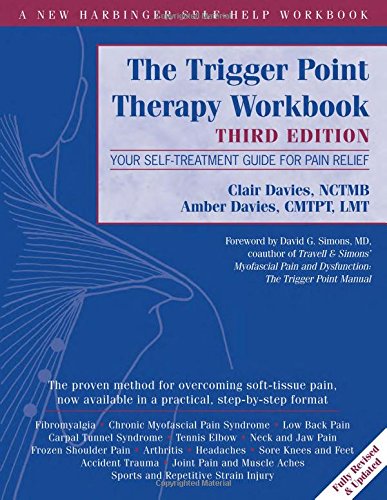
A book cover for The Trigger Point Therapy Workbook: Your Self-Treatment Guide for Pain Relief; Clair Davies NCTMB; Medical Books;